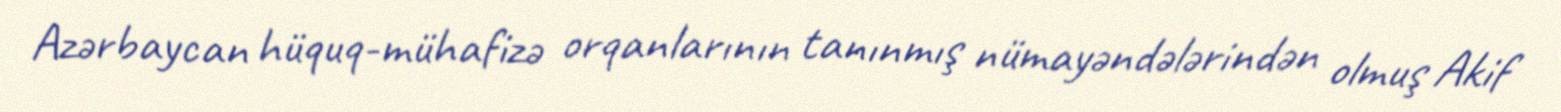
Azərbaycan hüquq-mühafizə orqanlarının tanınmış nümayəndələrindən olmuş Akif